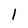
Character: 1